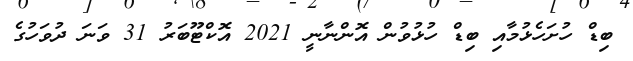
ބިޑް ހުށަހެޅުމާއި ބިޑް ހުޅުވުން އޮންނާނީ 2021 އޮކްޓޫބަރު 31 ވަނަ ދުވަހުގެ